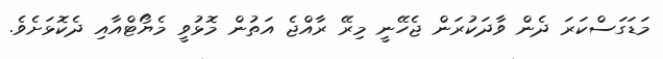
މަޑަގަސްކަރަ ދެން ވާދަކުރަން ޖެހޭނީ މިރޭ ރާއްޖެ އަތުން މޮޅުވީ މެޔޯޓްއާއި ދެކޮޅަށެވެ.